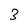
Character: 3